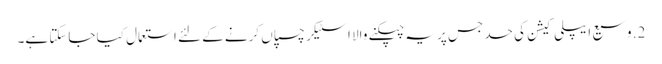
2. وسیع ایپلی کیشن کی حد جس پر یہ چپکنے والا اسٹیکر چسپاں کرنے کے لئے استعمال کیا جاسکتا ہے۔